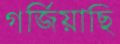
গর্জিয়াছি